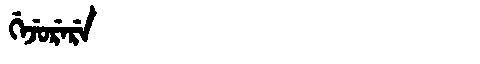
Manchu: ᡤᡝᠵᡠᡵᡝᡵᡝ
Romanization: GEJURERE